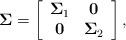
LaTeX: \begin{align*}\mathbf{\Sigma} = \left[ \begin{array}{cc}\mathbf{\Sigma}_1 & \mathbf{0} \\\mathbf{0} & \mathbf{\Sigma}_2 \\\end{array} \right],\end{align*}